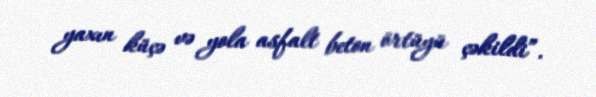
yaxın küçə və yola asfalt beton örtüyü çəkildi”.